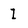
Character: I